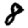
Digit: 8